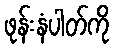
ဖုန်းနံပါတ်ကို